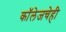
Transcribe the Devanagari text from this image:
कॉलेजचेही